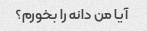
آیا من دانه را بخورم؟